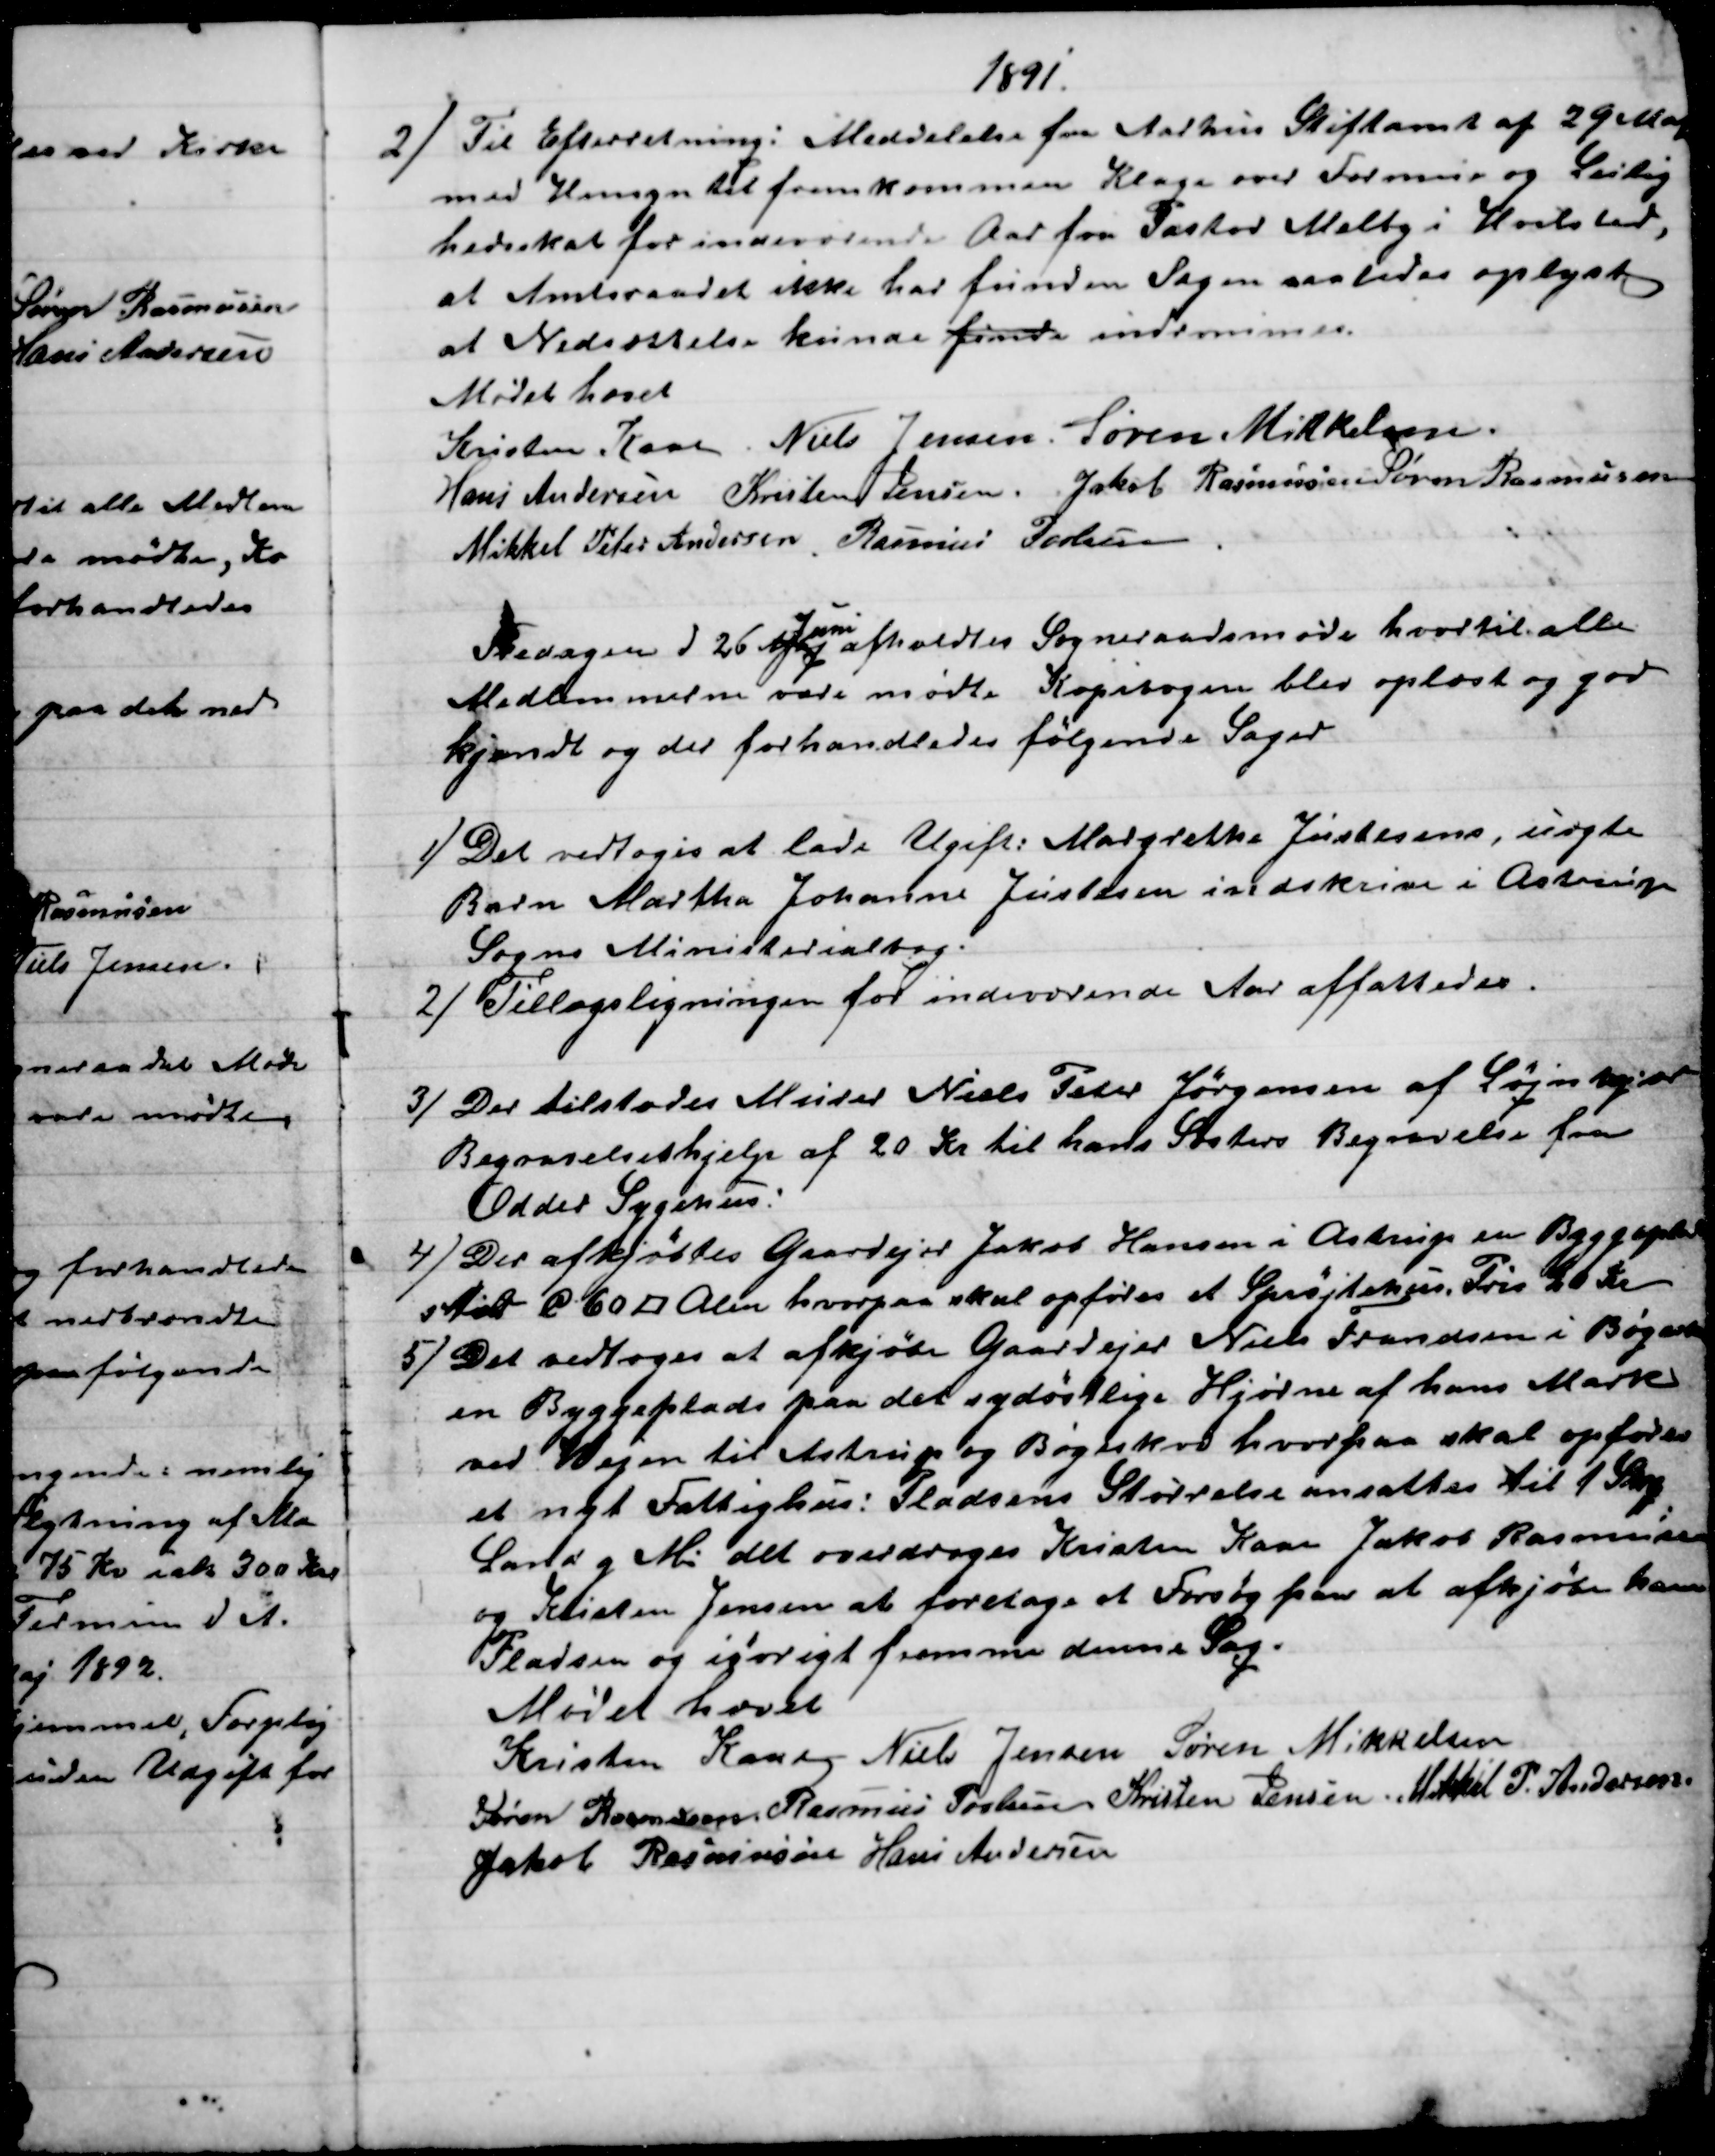
Transskription:
1891
2)
Til Efterretning: Meddelelse fra Aarhus Stiftamt af 29 Maj
med Hensyn til fremkommen Klage over Formue og Leilig
hedsskat for indeværende Aar fra Pastor Melby i Hvilsted,
at Amtsraadet ikke har funden Sagen saaledes oplyst
at Nedsættelse kunde finde indrømmes.
Mødet hævet
Kristen Kaae. Niels Jensen. Søren Mikkelsen.
Hans Andersen Kristen Jensen. Jakob Rasmussen Søren Rasmussen
Mikkel Peter Andersen. Rasmus Poulsen.
Fredagen d 26 Maj 
Juni
afholdtes Sogneraadsmøde hvortil alle
Medlemmerne vare mødte Kopibogen blev oplæst og god
kjendt og der forhandledes følgende Sager
1) 
Det vedtoges at lade Ugift: Margrethe Justesens, uægte
Barn Martha Johanne Justesen indskrive i Astrup
Sogns Ministerialbog.
2) 
Tillægsligningen for indeværende Aar affattedes.
3)
Der tilstodes Murer Niels Peter Jørgensen af Løjnkjær
Begravelseshjelp af 20 Kr til hans Søsters Begravelse fra
Odder Sygehus.
4) 
Der afkjøbtes Gaardejer Jakob Hansen i Astrup en Byggeplads
stor C 60 □ Alen hvorpaa skal opføres et Sprøjtehus. Pris 20 Kr
5) 
Det vedtoges at afkjøbe Gaardejer Niels Frandsen i Bøgeskov
en Byggeplads paa det sydøstlige Hjørne af hans Mark
ved Vejen til Astrup og Bøgeskov hvorpaa skal opføres
et nyt Fattighus: Pladsens Størrelse ansattes til 1 Skp
Land g Mu det overdroges Kristen Kaae Jakob Rasmussen
og Kristen Jensen at foretage at Forsøg paa at afkjøbe ham
Pladsen og iøvrigt fremme denne Sag.
Mødet hævet
Kristen Kaae Niels Jensen Søren Mikkelsen
Søren Rasmussen. Rasmus Povlsen Kristen Jensen Mikkel P. Andersen
Jakob Rasmussen Hans Andersen